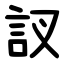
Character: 訍